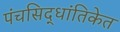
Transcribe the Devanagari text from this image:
पंचसिद्धांतिकेत